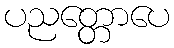
ပညတ္တောပေ